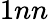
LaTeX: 1nn